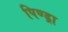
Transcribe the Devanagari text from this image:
पिण्‍ड्रा